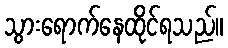
သွားရောက်နေထိုင်ရသည်။